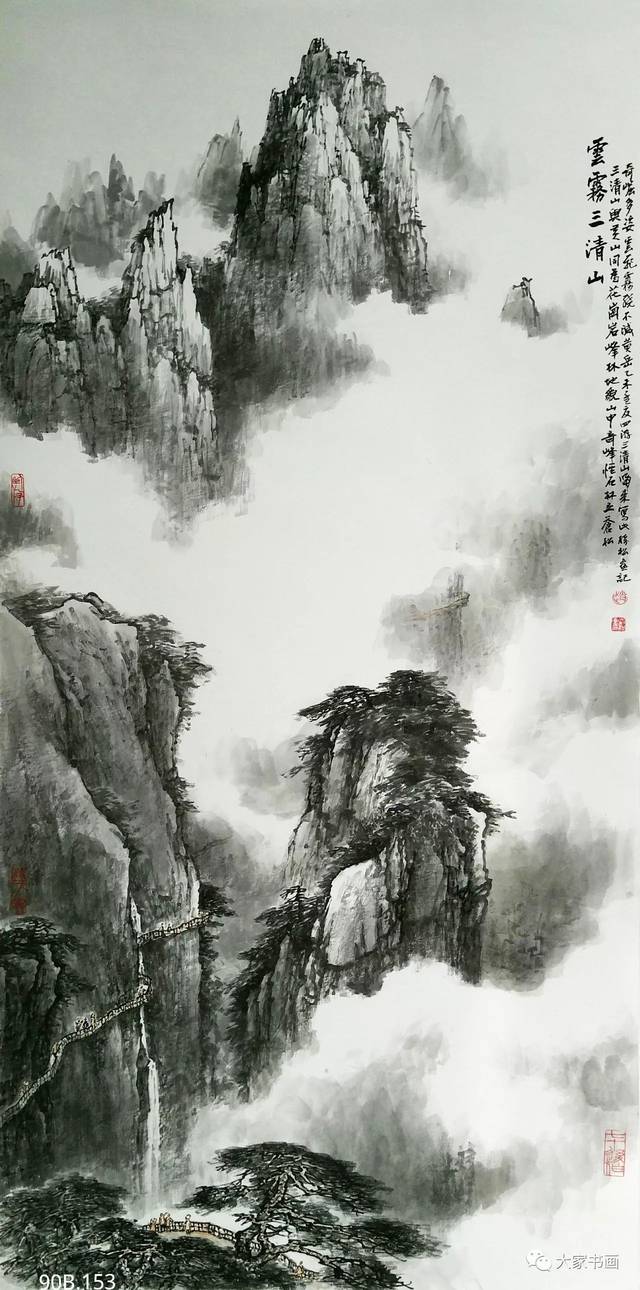
湖阔兼云雾，楼孤属晚晴。